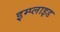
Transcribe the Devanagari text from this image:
इम्प्‍लाइड